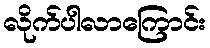
လိုက်ပါလာကြောင်း